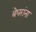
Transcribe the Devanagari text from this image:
बेघरांना